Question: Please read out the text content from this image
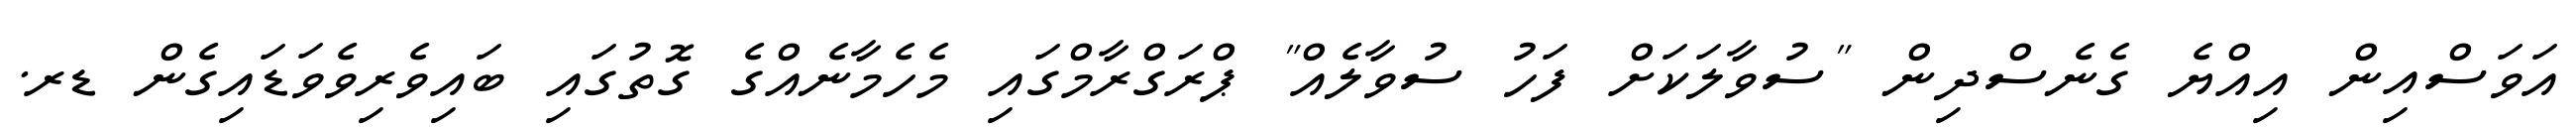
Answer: އަވަސްއިން އިއްޔެ ގެނެސްދިން "ސުވާލަކަށް ފަހު ސުވާލެއް" ޕްރަގްރާމްގައި މެހެމާނެއްގެ ގޮތުގައި ބައިވެރިވެވަޑައިގެން ޑރ.